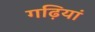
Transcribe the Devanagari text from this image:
गढ़ियां